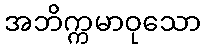
အဘိက္ကမာဝုသော